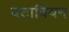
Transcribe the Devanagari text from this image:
बटावियन